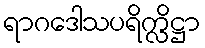
ရာဂဒေါသပရိက္လိဋ္ဌာ